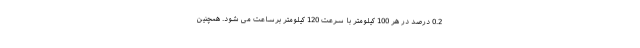
0.2 درصد در هر 100 کیلومتر با سرعت 120 کیلومتر برساعت می شود. همچنین